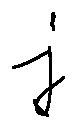
j